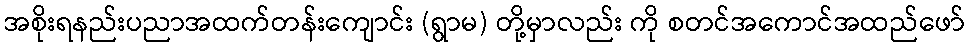
အစိုးရနည်းပညာအထက်တန်းကျောင်း (ရွာမ) တို့မှာလည်း ကို စတင်အကောင်အထည်ဖော်